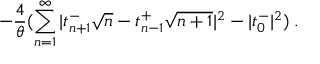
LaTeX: - \frac { 4 } { \theta } ( \sum _ { n = 1 } ^ { \infty } | t _ { n + 1 } ^ { - } \sqrt { n } - t _ { n - 1 } ^ { + } \sqrt { n + 1 } | ^ { 2 } - | t _ { 0 } ^ { - } | ^ { 2 } ) \; .